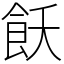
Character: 飫